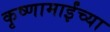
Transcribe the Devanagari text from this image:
कृष्णामाईंच्या